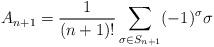
LaTeX: \begin{align*}A_{n+1} = \frac{1}{(n+1)!}\sum_{\sigma\in S_{n+1}}(-1)^{\sigma}\sigma\end{align*}